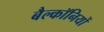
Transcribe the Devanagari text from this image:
बैल्कॉनियों